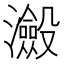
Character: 𭳮